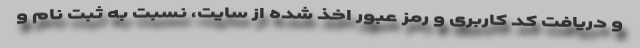
و دریافت كد كاربری و رمز عبور اخذ شده از سایت، نسبت به ثبت نام و